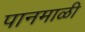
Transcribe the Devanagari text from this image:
पानमाळी